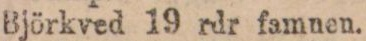
Björkved 19 rdr famnen.